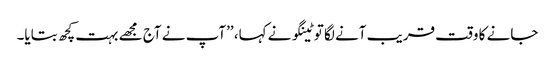
جانے کا وقت قریب آنے لگا توٹینگو نے کہا، ’’آپ نے آج مجھے بہت کچھ بتایا۔